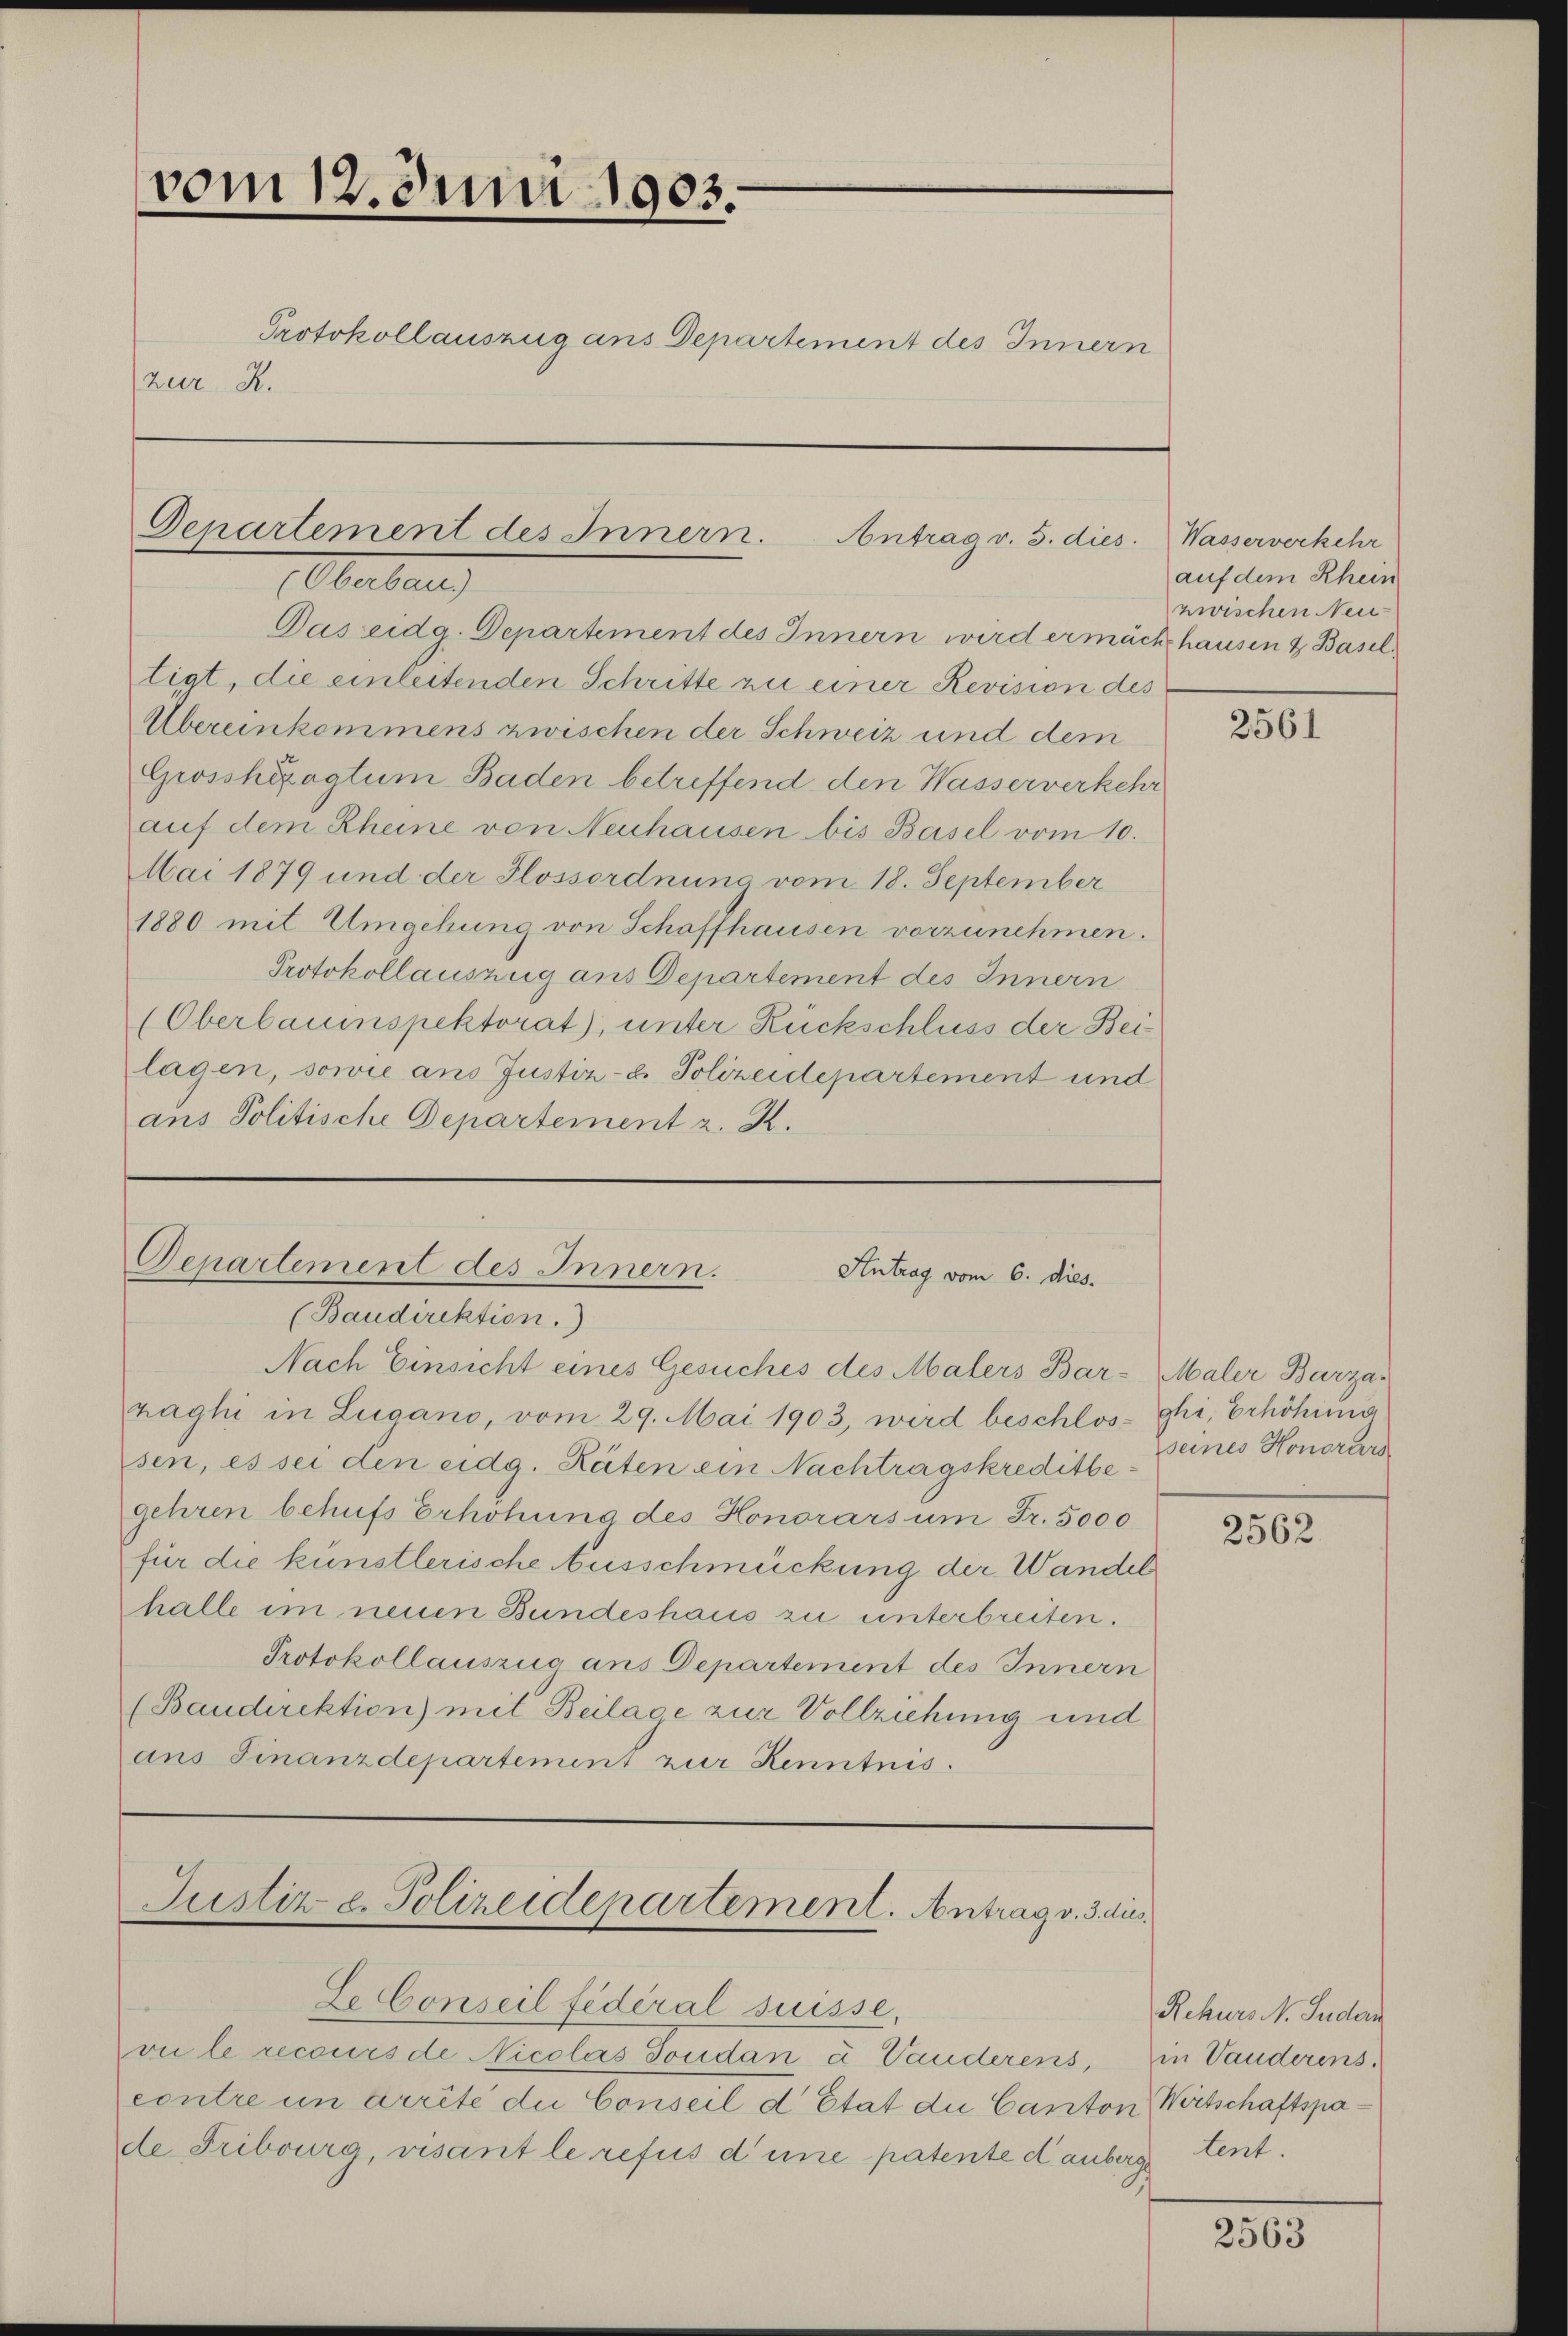
vom 12. Juni 1903.
Protokollauszug ans Departement des Innern
zur R.

Departement des Innern.
Antrag v. 5. dies
Oberberg

Das eidg. Departement des Innern wird ermächthausen & Baseltigt, die einleitenden Schritte zu einer Revision des
Übereinkommens zwischen der Schweiz und dem
Grosshizogtum Baden betreffend den Wasserverkehr
auf dem Rheine von Neuhausen bis Basel vom 10.
Mai 1879 und der Glossordnung vom 18. September
1880 mit Umgehung von Schaffhausen vorzunehmen.
Protokollauszug aus Departement des Innern
(Oberlauinspektorat), unter Rückschluss der Bei
lagen, sowie ans Justiz- & Polizeidepartement und
ans Politische Departement z. K.

Departement des Innern.
Antrag vom 6. dies.

(Baudirektion.
Nach Einsicht eines Gesuches des Malers Bar-Maler Barzar
paghi in Lugano, vom 29. Mai 1903, wird beschlos-Ghi, Erhöhung
sen, es sei den eidg. Räten ein Nachtragskreditbegehren behufs Erhöhung des Honorars um Fr. 5000
für die künstlerische Ausschmückung der Wandel
halle im neuen Bundeshaus zu unterbreiten.
Protokollauszug aus Departement des Innern
(Baudirektion) mit Beilage zur Vollziehung und
ans Finanzdepartement zur Kenntnis.

Justiz u. Polizeidepartement. Antrag v. 3. dus.

Le Conseil fédéral suisse,
vi le recours de Nicolas Jordan à Vauderens,
contre in arrite die Conseil d’Etat du Canton
de Fribourg, visant le refus d’une patente d. anberge

Wasserverkehr
auf dem Rhein
zwischen Neu

2561

seines Honorars

2562

Rehurs N. Fuder
in Vanderens.
Wirtschaftspatent.

2563